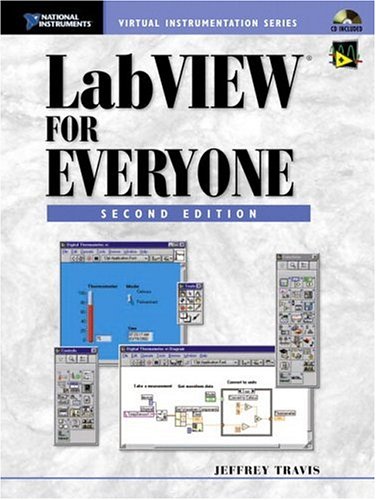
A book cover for LabVIEW for Everyone (2nd Edition) (National Instruments Virtual Instrumentation); Jeffrey Travis; Science & Math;